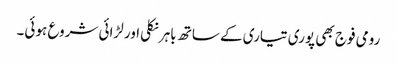
رومی فوج بھی پوری تیاری کے ساتھ باہرنکلی اور لڑائی شروع ہوئی۔